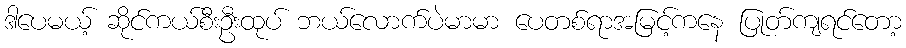
ဒါပေမယ့် ဆိုင်ကယ်စီးဦးထုပ် ဘယ်လောက်ပဲမာမာ ပေတစ်ရာအမြင့်ကနေ ပြုတ်ကျရင်တော့